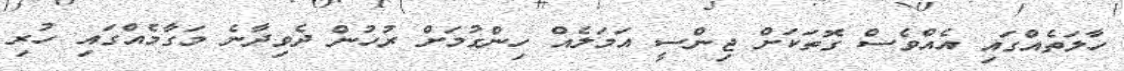
ހާލަތެއްގައި އެއްވެސް ގޮތަކަށް ޖިންސީ އަމަލެއް ހިންގުމަށް ރުހުން ދެވިދާނެ މަގާމެއްގައި ހުރި